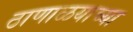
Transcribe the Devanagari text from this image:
ठाणाळयाच्या